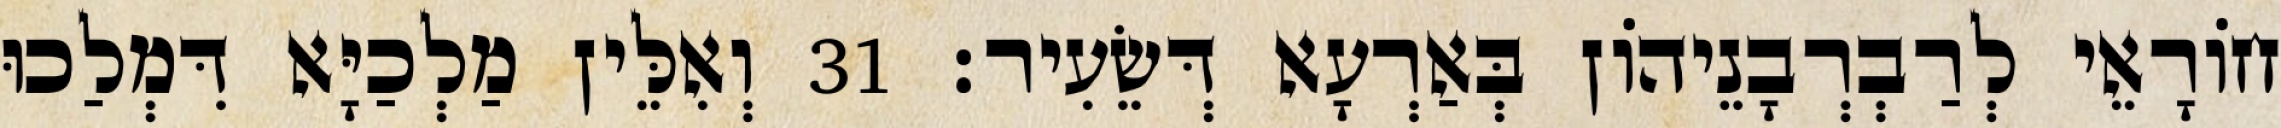
חוֹרָאֵי לְרַבְרְבָנֵיהוֹן בְּאַרְעָא דְּשֵׂעִיר׃ 31 וְאִלֵּין מַלְכַיָּא דִּמְלַכוּ